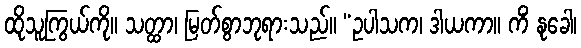
ထိုသူကြွယ်ကို။ သတ္ထာ၊ မြတ်စွာဘုရားသည်။ “ဥပါသက၊ ဒါယကာ။ ကိံ နုခေါ၊